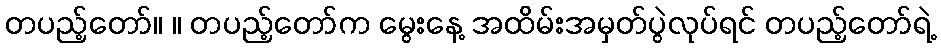
တပည့်တော်။ ။ တပည့်တော်က မွေးနေ့ အထိမ်းအမှတ်ပွဲလုပ်ရင် တပည့်တော်ရဲ့